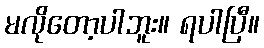
မလိုတော့ပါဘူး။ ရပါပြီ။